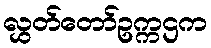
လွှတ်တော်ဥက္ကဌက